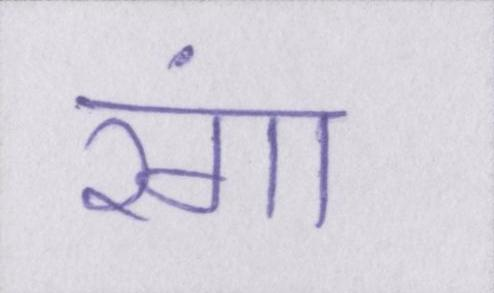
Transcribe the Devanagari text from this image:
रंगा